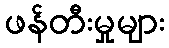
ဖန်တီးမှုများ